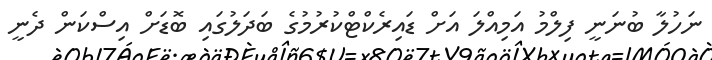
ނަހުލާ ބުނަނީ ފިލްމު އަމިއްލަ އަށް ޑައިރެކްޓްކުރުމުގެ ބަދަލުގައި ބޮޑަށް އިސްކަން ދެނީ